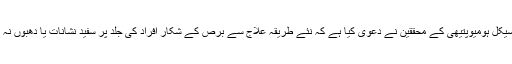
بھارت کے سینٹر فار کلاسیکل ہومیوپتیھی کے محققین نے دعویٰ کیا ہے کہ نئے طریقہ علاج سے برص کے شکار افراد کی جلد پر سفید نشانات یا دھبوں نہ ہونے کے برابر رہ گئے ۔